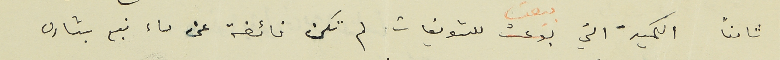
ثامناً الكمية التي بيعت للشويفات لم تكن فائضة عنى ماء نبع بشاره